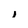
Character: i